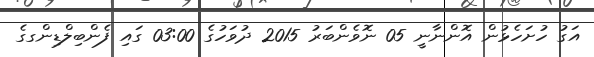
އަގު ހުށަހެޅުން އޮންނާނީ 05 ނޮވެންބަރު 2015 ދުވަހުގެ 03:00 ގައި ފެންބިލްޑިންގގެ